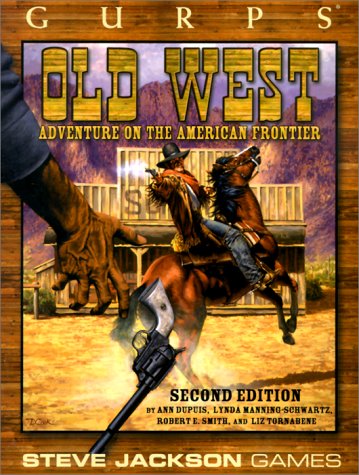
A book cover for GURPS Old West *OP (GURPS: Generic Universal Role Playing System); Ann Dupuis; Science Fiction & Fantasy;